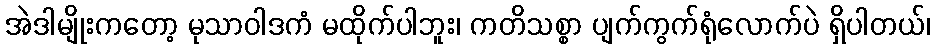
အဲဒါမျိုးကတော့ မုသာဝါဒကံ မထိုက်ပါဘူး၊ ကတိသစ္စာ ပျက်ကွက်ရုံလောက်ပဲ ရှိပါတယ်၊